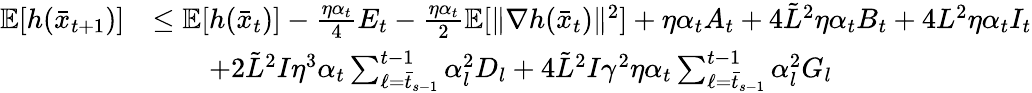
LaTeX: \begin{array}{rl}{\mathbb{E}[h(\bar{x}_{t+1})]}&{\leq\mathbb{E}[h(\bar{x}_{t})]-\frac{\eta\alpha_{t}}{4}E_{t}-\frac{\eta\alpha_{t}}{2}\mathbb{E}[\| \nabla h(\bar{x}_{t})\| ^{2}]+\eta\alpha_{t}A_{t}+4\tilde{L}^{2}\eta\alpha_{t}B_{t}+4L^{2}\eta\alpha_{t}I_{t}}\\ &{\qquad+2\tilde{L}^{2}I\eta^{3}\alpha_{t}\sum_{\ell=\bar{t}_{s-1}}^{t-1}\alpha_{l}^{2}D_{l}+4\tilde{L}^{2}I\gamma^{2}\eta\alpha_{t}\sum_{\ell=\bar{t}_{s-1}}^{t-1}\alpha_{l}^{2}G_{l}}\end{array}